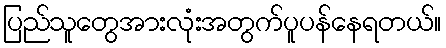
ပြည်သူတွေအားလုံးအတွက်ပူပန်နေရတယ်။